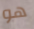
هو